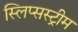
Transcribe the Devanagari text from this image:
स्लिप्सस्ट्रीम